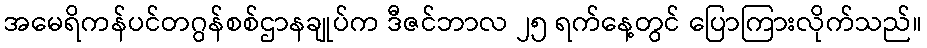
အမေရိကန်ပင်တဂွန်စစ်ဌာနချုပ်က ဒီဇင်ဘာလ ၂၅ ရက်နေ့တွင် ပြောကြားလိုက်သည်။